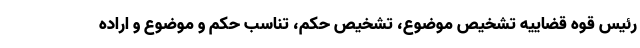
رئیس قوه قضاییه تشخیص موضوع، تشخیص حکم، تناسب حکم و موضوع و اراده